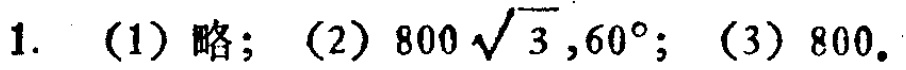
1. （1）略；（2）\(800\sqrt{3},60^{\circ}\)；（3）\(800\)。